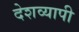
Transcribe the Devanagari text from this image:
देशव्‍यापी